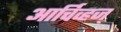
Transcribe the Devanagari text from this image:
आर्चिव्हज्